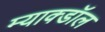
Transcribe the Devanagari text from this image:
म्याक्डॉल